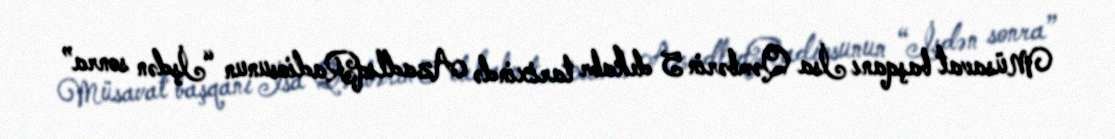
Müsavat başqanı İsa Qəmbərin 5 dekabr tarixində AzadlıqRadiosunun “İşdən sonra”